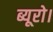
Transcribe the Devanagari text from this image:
ब्यूरो।